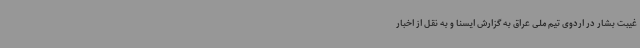
غیبت بشار در اردوی تیم ملی عراق به گزارش ایسنا و به نقل از اخبار